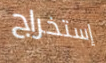
إستخراج